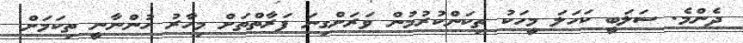
ދެންމެ. ސަލަބީ ކަހަލަ މީހަކު ތިކަންކުރުމުން ވަރަށްގިނަ ފަރާތްތަށް މިހާރު ހުންނާނީ ތިކަމަށް